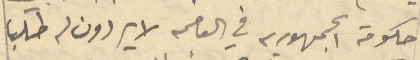
حكومة الجمهورية في العالم لا يردون له طلبا